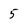
Character: 5